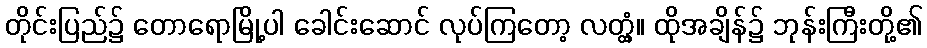
တိုင်းပြည်၌ တောရောမြို့ပါ ခေါင်းဆောင် လုပ်ကြတော့ လတ္တံ့။ ထိုအချိန်၌ ဘုန်းကြီးတို့၏